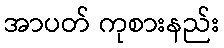
အာပတ် ကုစားနည်း